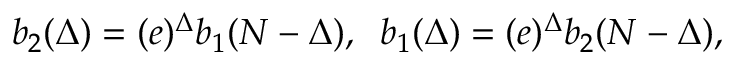
b _ { 2 } ( \Delta ) = ( e ) ^ { \Delta } b _ { 1 } ( N - \Delta ) , \; \; b _ { 1 } ( \Delta ) = ( e ) ^ { \Delta } b _ { 2 } ( N - \Delta ) , \,